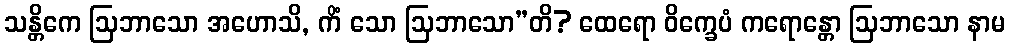
သန္တိကေ ဩဘာသော အဟောသိ, ကိံ သော ဩဘာသော”တိ? ထေရော ဝိက္ခေပံ ကရောန္တော ဩဘာသော နာမ